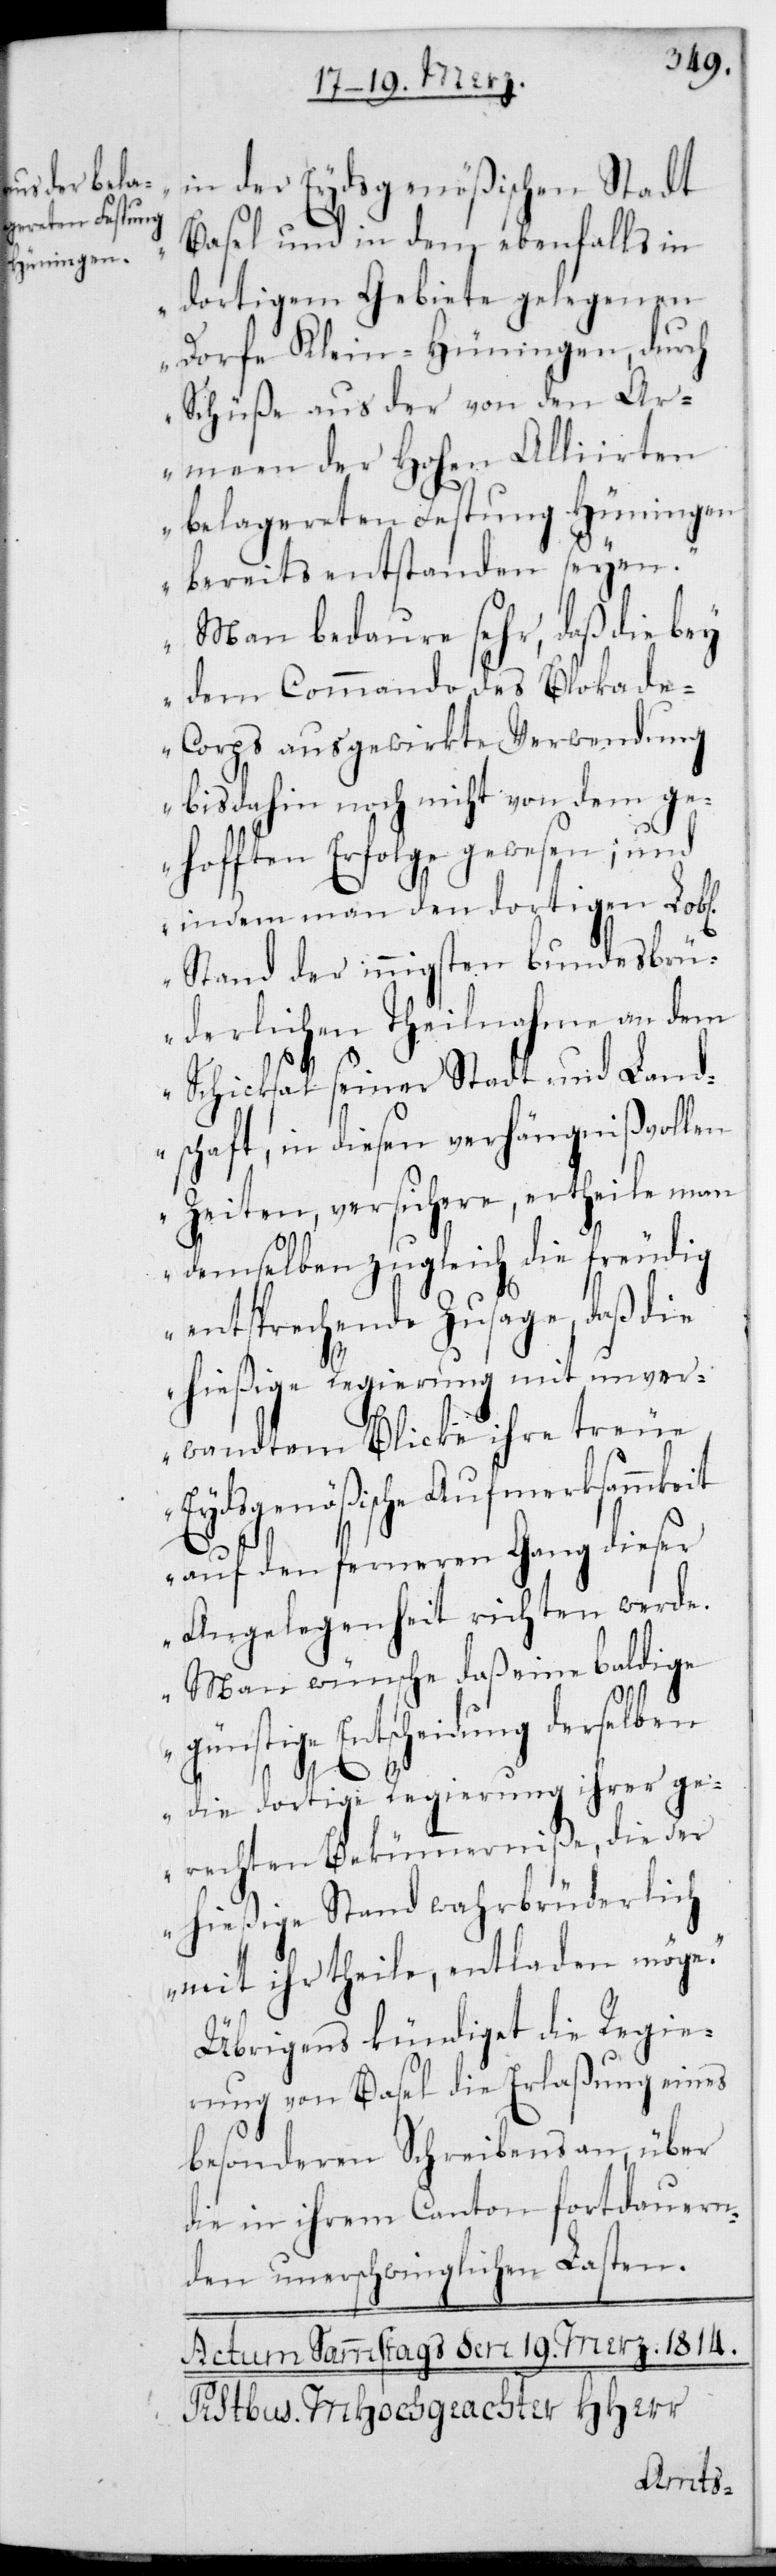
in der Eydsgenößischen Stadt
Basel und in dem ebenfalls in
dortigem Gebiete gelegenen
Dorfe Klein-Hüningen, durch
Schüße aus der von den Ar¬
meen der Hohen Alliierten
belagereten Festung Hüningen
bereits entstanden seyen.
Man bedaure sehr, daß die bey
dem Commando des Blockade¬
corps ausgewirkte Verwendung
bis dahin noch nicht von dem ge¬
hofften Erfolge gewesen; und
indem man den dortigen L.
Stand der innigsten bundesbrü¬
derlichen Theilnahme an dem
Schicksal seiner Stadt und Land¬
schaft, in diesen verhängnisvollen
Zeiten, versichere, ertheile man
demselben zugleich die freudig
entsprechende Zusage, daß die
hießige Regierung mit unver¬
wandtem Blicke ihre treue
Eydsgenößische Aufmerksammkeit
auf den ferneren Gang dieser
Angelegenheit richten werde.
Man wünsche daß eine baldige
günstige Entscheidung derselben
die dortige Regierung ihrer ge¬
rechten Bekümmerniße, die der
hießige Stand wahrbrüderlich
mit ihr theile, entladen möge“.
Übrigens kündiget die Regie¬
rung von Basel die Erlaßung eines
besonderen Schreibens an, über
die in ihrem Canton fortdauern¬
den unerschwinglichen Lasten.